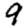
Digit: 9